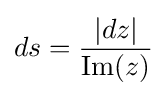
ds={\frac {|dz|}{\operatorname {Im} (z)}}